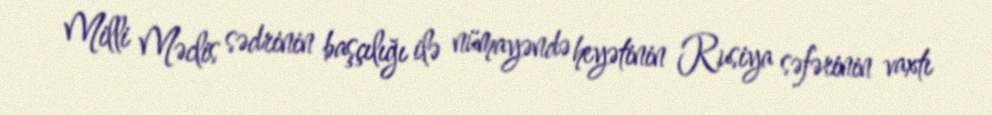
Milli Məclis sədrinin başçılığı ilə nümayəndə heyətinin Rusiya səfərinin vaxtı